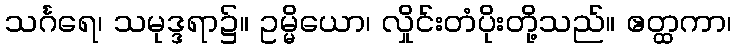
သင်္ဂရေ၊ သမုဒ္ဒရာ၌။ ဥမ္မိယော၊ လှိုင်းတံပိုးတို့သည်။ ဧတ္ထကာ၊